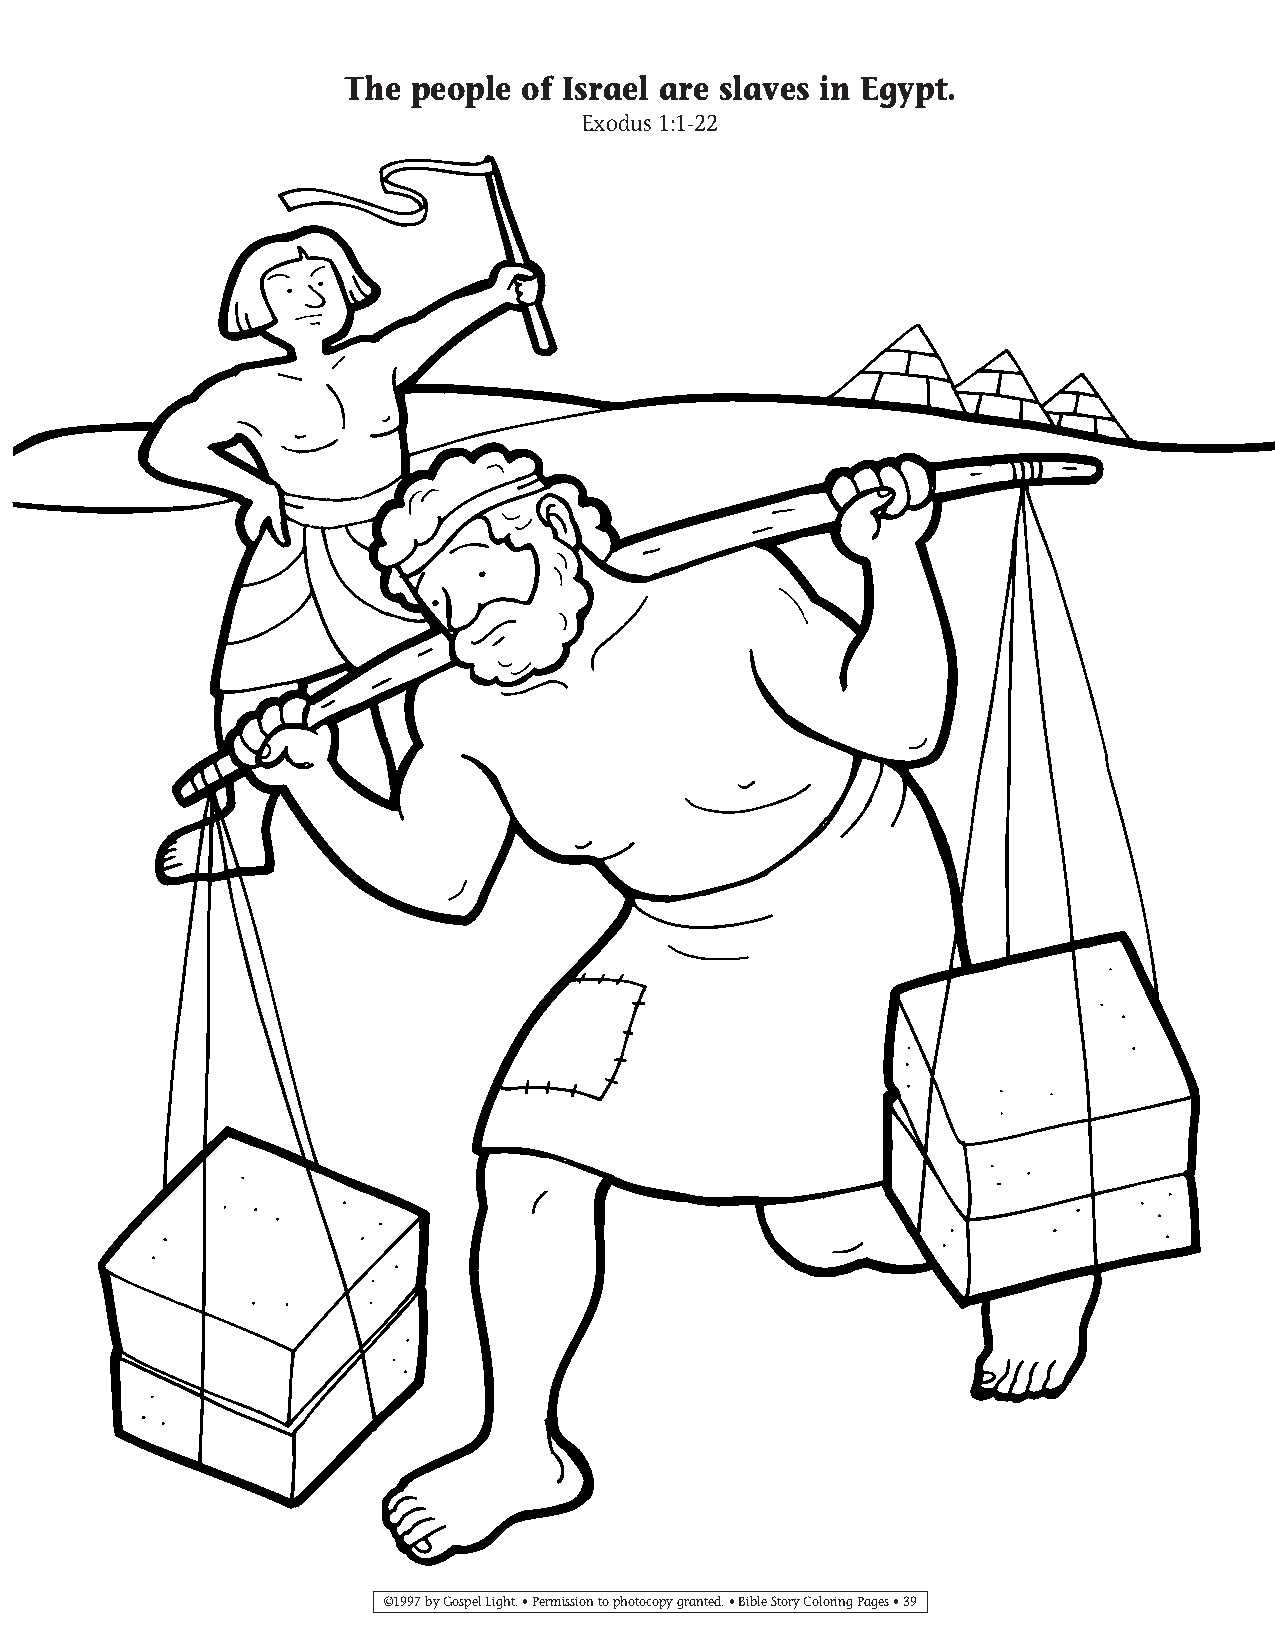
035-64 Coloring pgs_035-64 Coloring pgs 2/19/14 11:45 AM Page 39
 The  people of Israel are slaves in Egypt.
 Exodus 1:1-22
 ©1997 by Gospel Light. • Permission to photocopy granted. • Bible Story Coloring Pages • 39